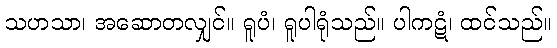
သဟသာ၊ အဆောတလျှင်။ ရူပံ၊ ရူပါရုံသည်။ ပါကဋံ၊ ထင်သည်။